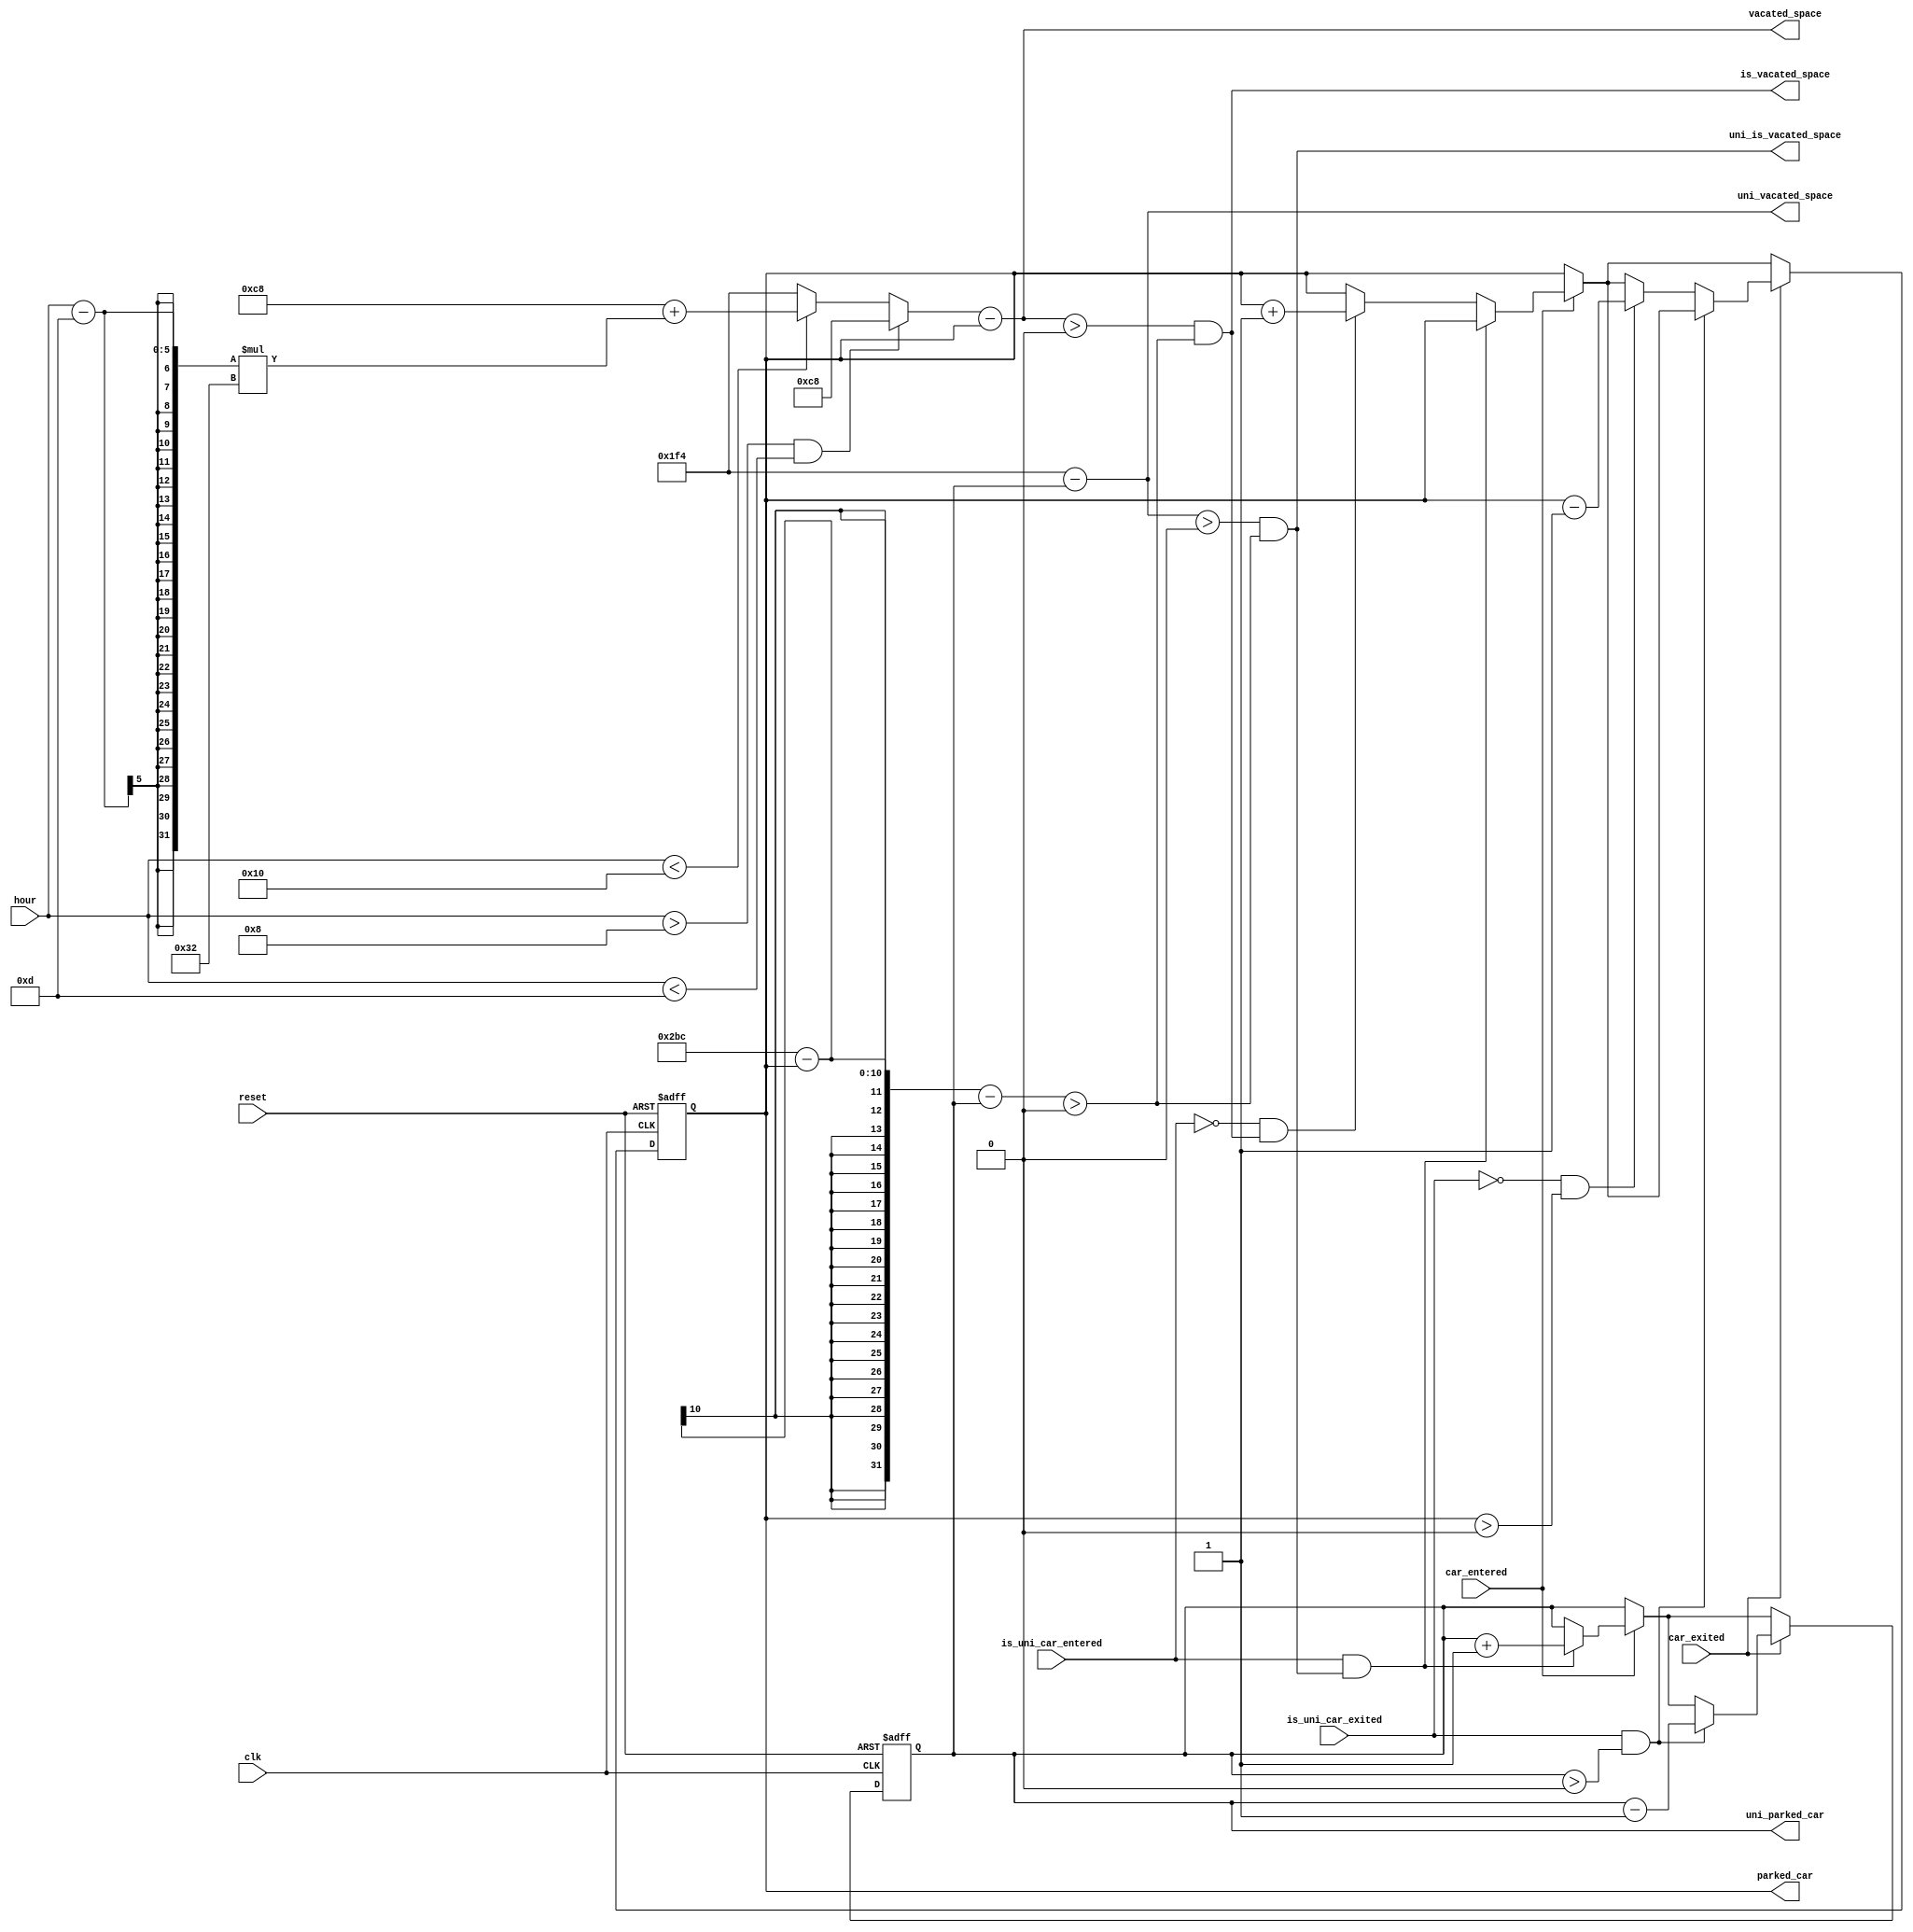

module parking (
    input wire clk,
    input wire reset,
    input wire car_entered,
    input wire is_uni_car_entered,
    input wire car_exited,
    input wire is_uni_car_exited,
    input wire [4:0] hour,
    output reg [8:0] uni_parked_car,
    output reg [8:0] parked_car,
    output reg [8:0] uni_vacated_space,
    output reg [8:0] vacated_space,
    output reg uni_is_vacated_space,
    output reg is_vacated_space
);


//  
parameter MAX_UNI_CARS = 500;
parameter TOTAL_CAPACITY = 700;

//  
reg [8:0] free_capacity;
always @(*) begin
    if (hour > 8 && hour < 13) begin
        free_capacity = 200;
    end else if (hour < 16) begin
        free_capacity = 200 + (hour - 13) * 50;
    end else begin
        free_capacity = 500;
    end
end

//  
always @(posedge clk or posedge reset) begin

    if (reset) begin
        uni_parked_car <= 0;
        parked_car <= 0;
    end else begin
        if (car_entered) begin
            if (is_uni_car_entered && uni_is_vacated_space) begin
                uni_parked_car <= uni_parked_car + 1;
            end else if ((!is_uni_car_entered) && is_vacated_space) begin
                parked_car <= parked_car + 1;
            end
        end
        if (car_exited) begin
            if (is_uni_car_exited && uni_parked_car > 0) begin
                uni_parked_car <= uni_parked_car - 1;
            end else if (!is_uni_car_exited && parked_car > 0) begin
                parked_car <= parked_car - 1;
            end
        end
    end
end

//   
always @(*) begin
    uni_vacated_space = MAX_UNI_CARS - uni_parked_car;
    vacated_space = free_capacity  - parked_car;
    uni_is_vacated_space = (uni_vacated_space > 0)&&
    ((TOTAL_CAPACITY-parked_car-uni_parked_car)>0);
    is_vacated_space = (vacated_space > 0)&&
    ((TOTAL_CAPACITY-parked_car-uni_parked_car)>0);
end

endmodule